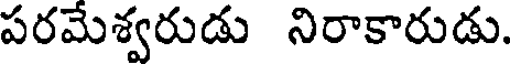
పరమేశ్వరుడు నిరాకారుడు.